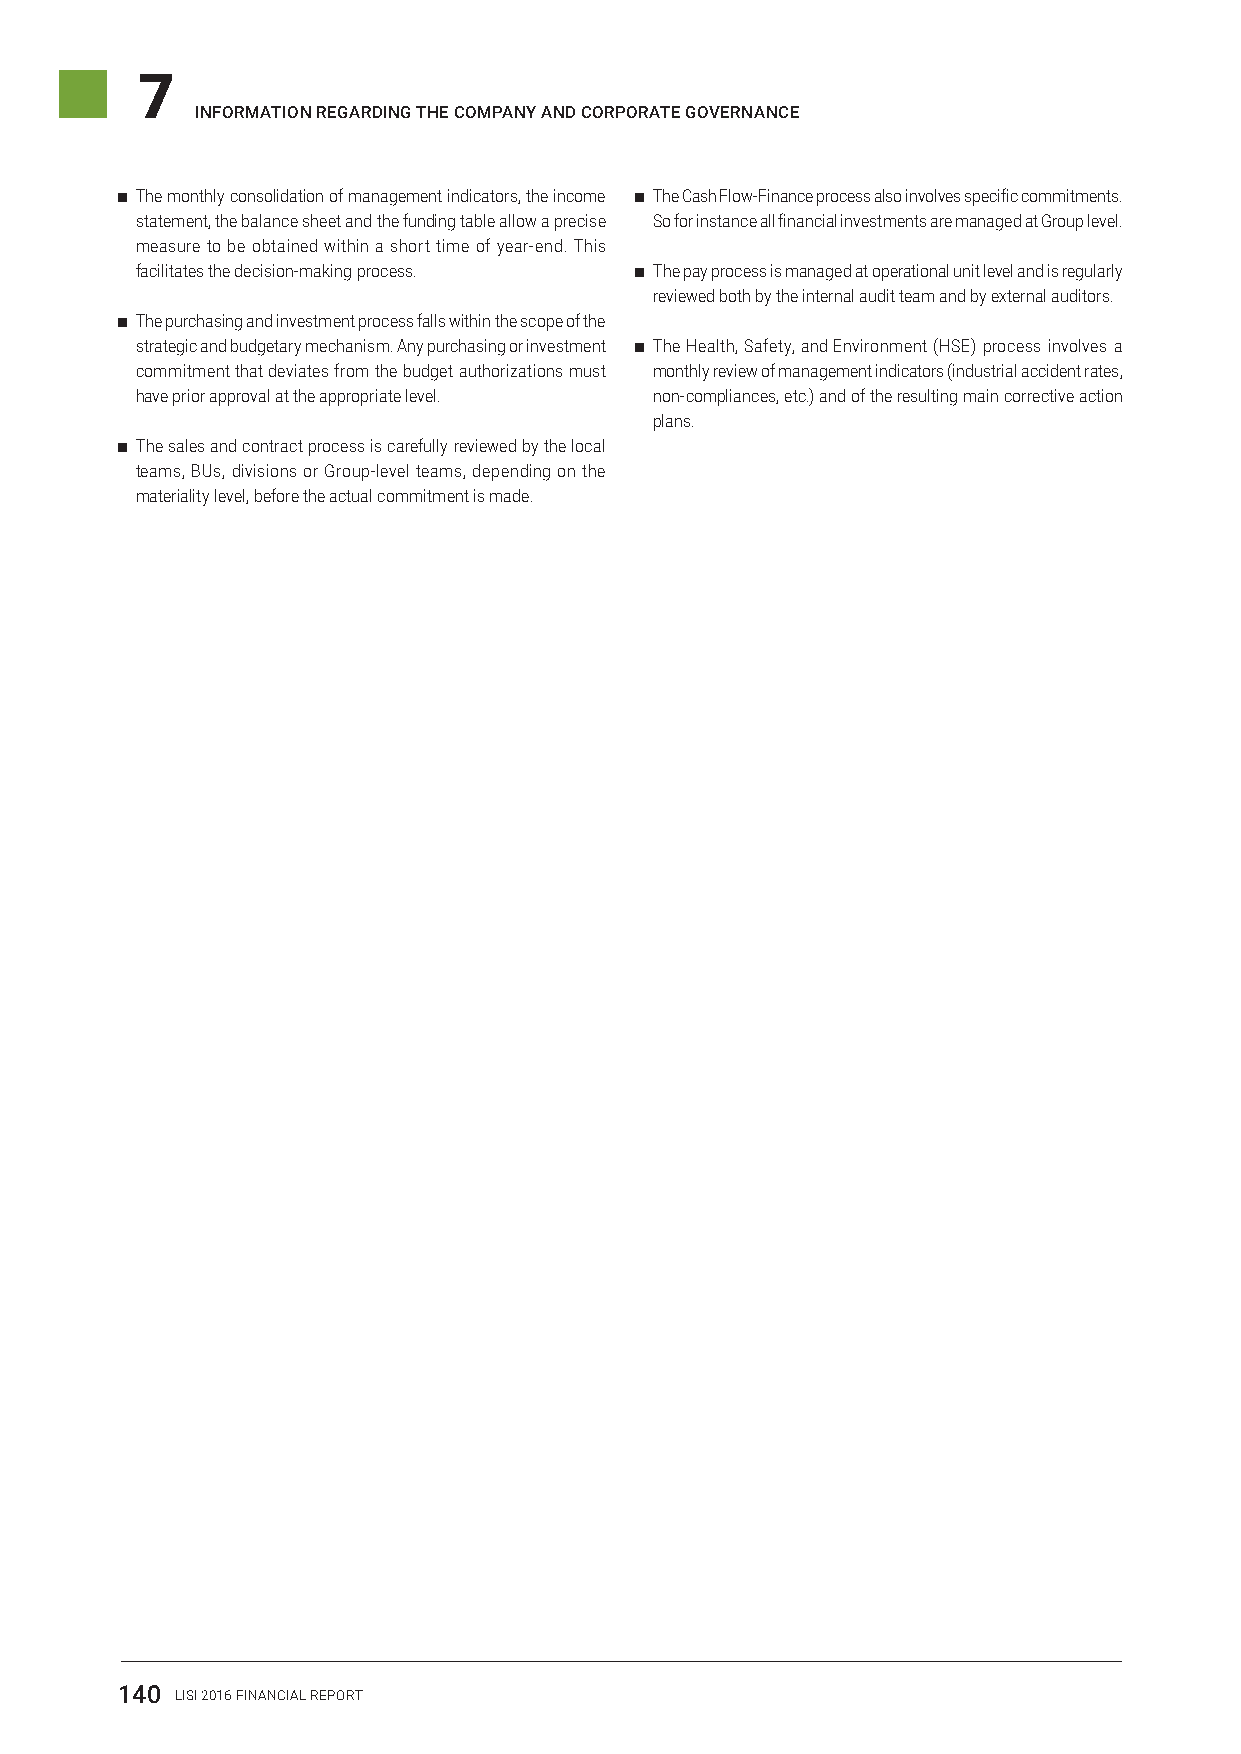
7
 InformatIon regardIng the company and corporate governance
 ■–The monthly consolidation of management indicators, the income ■–The Cash Flow-Finance process also involves specific commitments.
 statement, the balance sheet and the funding table allow a precise So for instance all financial investments are managed at Group level.
 measure to be obtained within a short time of year-end. This
 facilitates the decision-making process. ■–The pay process is managed at operational unit level and is regularly
 reviewed both by the internal audit team and by external auditors.
 ■–The purchasing and investment process falls within the scope of the
 strategic and budgetary mechanism. Any purchasing or investment ■–The Health, Safety, and Environment (HSE) process involves a
 commitment that deviates from the budget authorizations must monthly review of management indicators (industrial accident rates,
 have prior approval at the appropriate level. non-compliances, etc.) and of the resulting main corrective action
 plans.
 ■–The sales and contract process is carefully reviewed by the local
 teams, BUs, divisions or Group-level teams, depending on the
 materiality level, before the actual commitment is made.
 140 LISI 2016 FINANCIAL REPORT